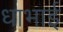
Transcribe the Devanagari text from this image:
धाभाई